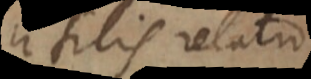
utilis relatio